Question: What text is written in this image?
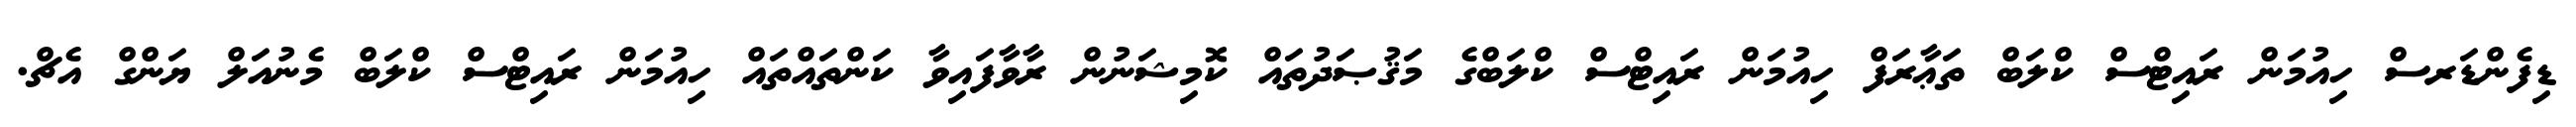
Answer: ޑިފެންޑަރސް ހިއުމަން ރައިޓްސް ކްލަބް ތަޢާރަފް ހިއުމަން ރައިޓްސް ކްލަބްގެ މަޤުޞަދުތައް ކޮމިޝަނުން ރާވާފައިވާ ކަންތައްތައް ހިއުމަން ރައިޓްސް ކްލަބް މެނުއަލް ޔަންގް އެޗް.